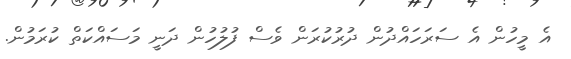
އެ މީހުން އެ ސަރަހައްދުން ދުރުކުރަން ވެސް ފުލުހުން ދަނީ މަސައްކަތް ކުރަމުން.